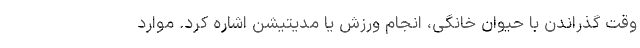
وقت گذراندن با حیوان خانگی، انجام ورزش یا مدیتیشن اشاره کرد. موارد